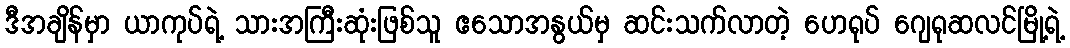
ဒီအချိန်မှာ ယာကုပ်ရဲ့ သားအကြီးဆုံးဖြစ်သူ ဧသောအနွယ်မှ ဆင်းသက်လာတဲ့ ဟေရုပ် ဂျေရုဆလင်မြို့ရဲ့